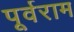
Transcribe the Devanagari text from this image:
पूर्वराम